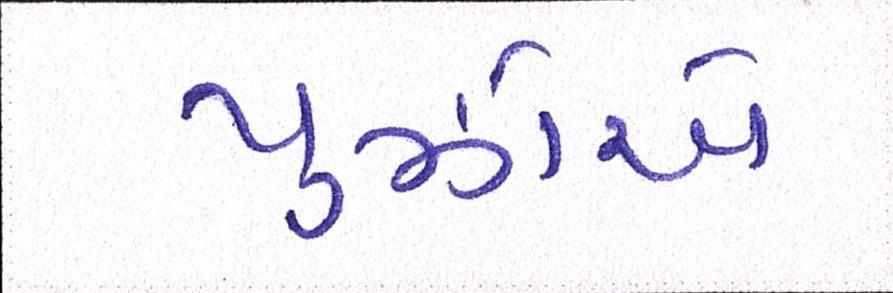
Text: પુઝોએ